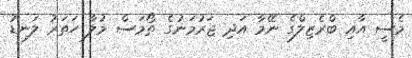
މެސީ އާއި ބްރެޒިލްގެ ނޭމާ އަދި ޖަރުމަނުގެ ތޯމަސް މުލާ ހަތަރު ލަނޑު